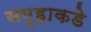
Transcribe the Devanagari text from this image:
समूहाकडे